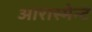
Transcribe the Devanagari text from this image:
आरास्मेन्ट